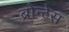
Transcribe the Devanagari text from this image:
ब्रोन्टेस